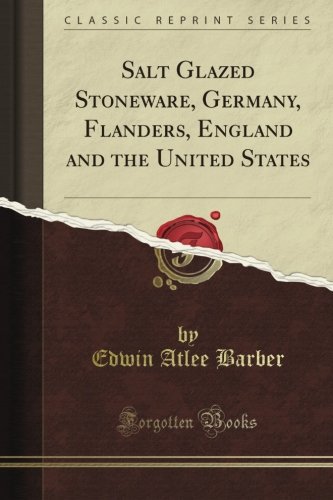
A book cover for Salt Glazed Stoneware, Germany, Flanders, England and the United States (Classic Reprint); Edwin Atlee Barber; Crafts, Hobbies & Home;